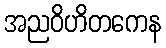
အညဝိဟိတကေန